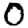
Digit: 0